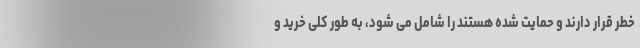
خطر قرار دارند و حمایت شده هستند را شامل می شود، به طور کلی خرید و